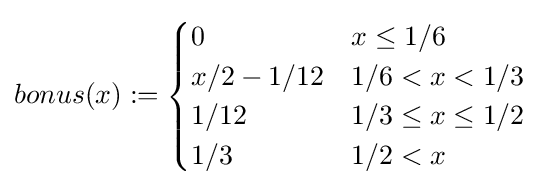
bonus(x):={\begin{cases}0&x\leq 1/6\\x/2-1/12&1/6<x<1/3\\1/12&1/3\leq x\leq 1/2\\1/3&1/2<x\end{cases}}